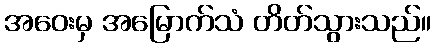
အဝေးမှ အမြောက်သံ တိတ်သွားသည်။